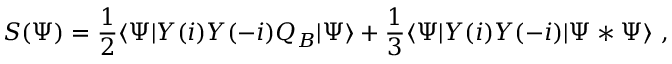
S ( \Psi ) = { \frac { 1 } { 2 } } \langle \Psi | Y ( i ) Y ( - i ) Q _ { B } | \Psi \rangle + { \frac { 1 } { 3 } } \langle \Psi | Y ( i ) Y ( - i ) | \Psi * \Psi \rangle \ ,